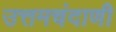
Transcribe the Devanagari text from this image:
उत्तमचंदाणी